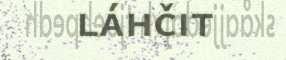
láhčit